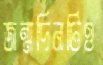
জন্মদিনটিও